Mental hospitals Bombay report 1921-28 - 1921-1928
Year: 1921
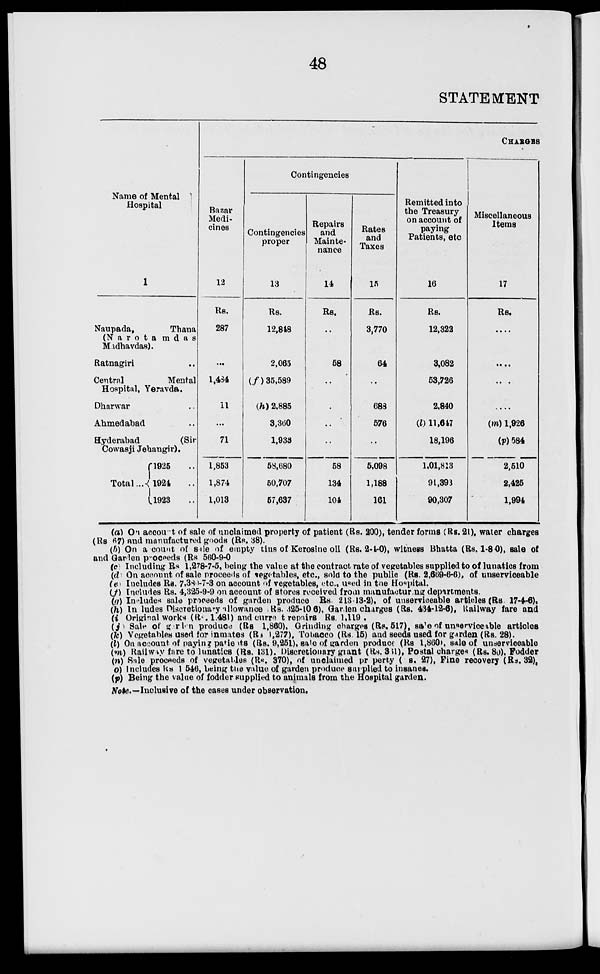
48
STATEMENT
Name of Mental
Hospital
1
Naupada,
Thana
(Narotamdas
Madhavdas).
Ratnagiri ..
Central
Mental
Hospital, Yeravda.
Dharwar ..
Ahmedabad ..
Hyderabad
(Sir
Cowasji Jehangir).
Total ...
1925 ..
1924 ..
1923 ..
CHARGES
Bazar
Medi-
cines
12
Rs.
287
...
1,484
11
...
71
1,853
1,874
1,013
Contingencies
Contingencies
proper
13
Rs.
12,848
2,065
(f) 35,589
(h) 2,885
3,360
1,933
58,680
50,707
57,637
Repairs
and
Mainte-
nance
14
Rs.
..
58
..
..
..
58
134
104
Rates
and
Taxes
15
Rs.
3,770
64
..
688
576
..
5,098
1,188
161
Remitted into
the Treasury
on account of
paying
Patients, etc.
16
Rs.
12,322
3,082
53,726
2,840
(l) 11,647
18,196
1,01,813
91,393
90,307
Miscellaneous
Items
17
Rs.
....
....
....
....
(m) 1,926
(p)584
2,510
2,425
1,994
(a) On account of sale of unclaimed property of patient (Rs. 200), tender forms (Rs. 21), water charges
(Rs. 67) and manufactured goods (Rs. 38).
(b) On a count of sale of empty tins of Kerosine oil (Rs. 2-4-0), witness Bhatta (Rs. 1-8-0), sale of
and Garden proceeds (Rs. 560-9-0).
(c) Including Rs. 1,278-7-5, being the value at the contract rate of vegetables supplied to of lunatics from
(d) On account of sale proceeds of vegetables, etc., sold to the public (Rs. 2,669-6-6), of unserviceable
(e) Includes Rs. 7,380-7-3 on account of vegetables, etc., used in the Hospital.
(f) Includes Rs. 4,325-9-9 on account of stores received from manufacturing departments.
(g) Includes sale proceeds of garden produce Rs. 213-13-2), of unserviceable articles (Rs. 17-4-6),
(h) Includes Discretionary allowance (Rs. 325-10-6), Garden charges (Rs. 434-12-6), Railway fare and
(i) Original works (Rs. 1,481) and current repairs Rs. 1,119 .
(j) Sale of garden produce (Rs. 1,860), Grinding charges (Rs. 517), sale of unserviceable articles
(k) Vegetables used for inmates (Rs. 1,277), Tobacco (Rs. 15) and seeds used for garden (Rs. 28).
(l) On account of paying patients (Rs. 9,251), sale of garden produce (Rs. 1,860), sale of unserviceable
(m) Railway fare to lunatics (Rs. 131). Discretionary grant (Rs. 361), Postal charges (Rs. 80), Fodder
(n) Sale proceeds of vegetables (Rs. 370), of unclaimed property (Rs. 27), Fine recovery (Rs. 32).
(o) Includes Rs. 1,546, being the value of garden produce supplied to insanes.
(p) Being the value of fodder supplied to animals from the Hospital garden.
Note.—Inclusive of the cases under observation.